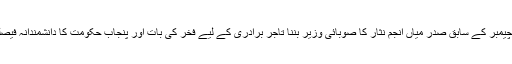
لاہور چیمبر کے سابق صدر میاں انجم نثار کا صوبائی وزیر بننا تاجر برادری کے لیے فخر کی بات اور پنجاب حکومت کا دانشمندانہ فیصلہ ہے۔